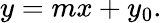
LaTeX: y=mx+y_{0}.